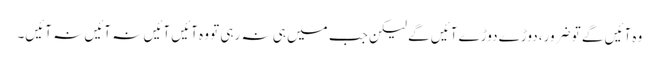
وہ آئیں گے تو ضرور، دوڑے دوڑے آئیں گے لیکن جب میں ہی نہ رہی تو وہ آئیں آئیں نہ آئیں نہ آئیں۔